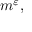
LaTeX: m ^ { \varepsilon } ,